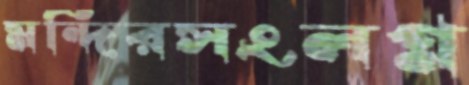
মন্দিরসংলগ্ন